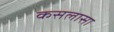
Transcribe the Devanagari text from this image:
कसलासा